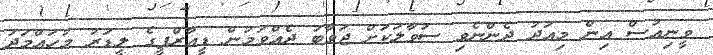
ވީނިއުސް އިން މިއަދު ދެންނެވި ސުވާލަކަށް ޖަވާބު ދެއްވަމުން ޑީއާރްޕީގެ ލީޑަރު މުހައްމަދު